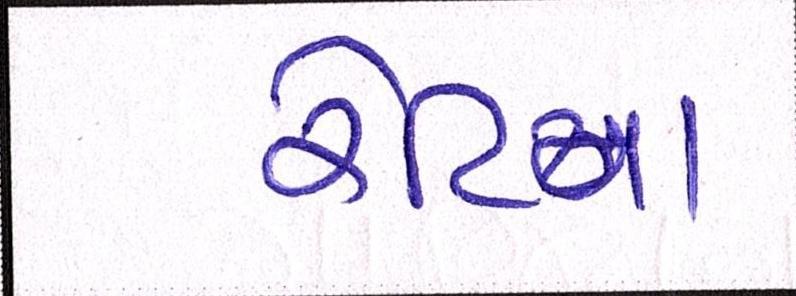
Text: રેટિના